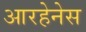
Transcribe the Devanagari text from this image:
आरहेनेस